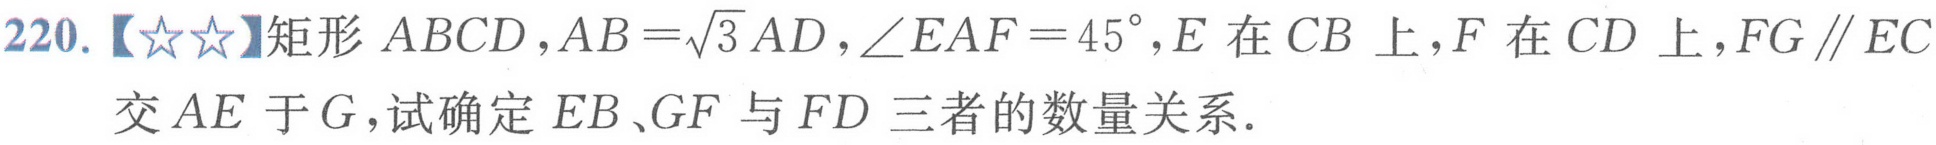
220.【★★】矩形\(ABCD\)，\(AB = \sqrt{3}AD\)，\(\angle EAF = 45^{\circ}\)，\(E\)在\(CB\)上，\(F\)在\(CD\)上，\(FG\parallel EC\)交\(AE\)于\(G\)，试确定\(EB\)、\(GF\)与\(FD\)三者的数量关系.